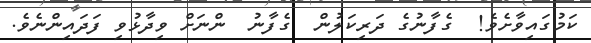
ކަމުގައިވާށެވެ!  ގެފާނުގެ ދަރިކަލުން  ގެފާނު  ންނަށް ވިދާޅުވި ފަދައިންނެވެ.